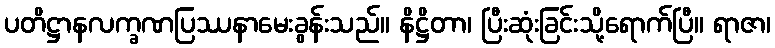
ပတိဋ္ဌာနလက္ခဏပြဿနာမေးခွန်းသည်။ နိဋ္ဌိတာ၊ ပြီးဆုံးခြင်းသို့ရောက်ပြီ။ ရာဇာ၊